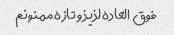
فوق العاده لذیذ و تازه ممنونم